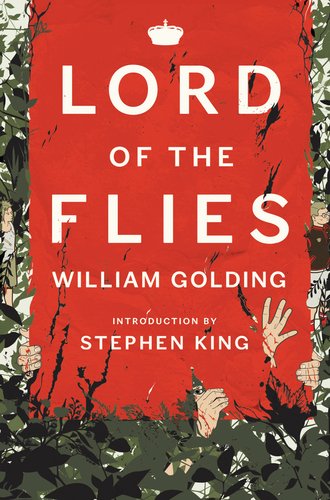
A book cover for Lord of the Flies, Centenary Edition; William Golding; Literature & Fiction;